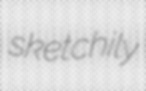
sketchily